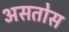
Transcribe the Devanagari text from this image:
असतोस